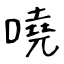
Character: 嘵